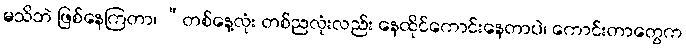
မသိဘဲ ဖြစ်နေကြတာ၊ “တစ်နေ့လုံး တစ်ညလုံးလည်း နေထိုင်ကောင်းနေတာပဲ၊ ကောင်းတာတွေက